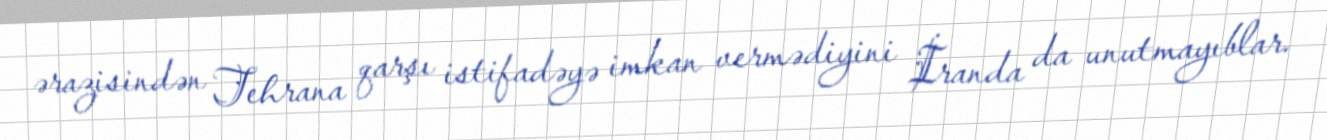
ərazisindən Tehrana qarşı istifadəyə imkan vermədiyini İranda da unutmayıblar.